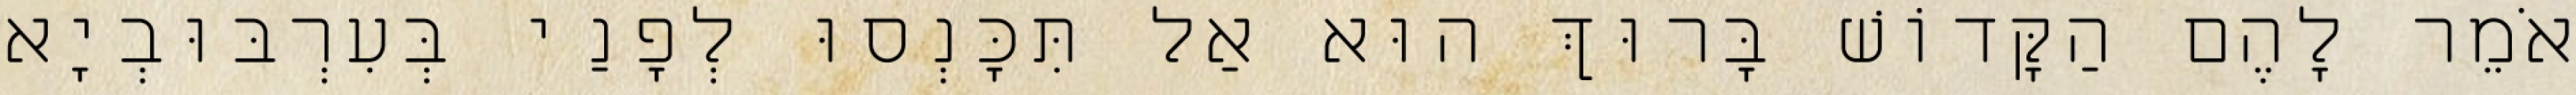
אֹמֵר לָהֶם הַקָּדוֹשׁ בָּרוּךְ הוּא אַל תִּכָּנְסוּ לְפָנַי בְּעִרְבּוּבְיָא